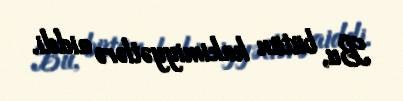
Bu, bütün hakimiyyətlərə aiddi.